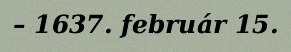
– 1637. február 15.